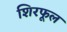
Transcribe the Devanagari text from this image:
शिरफूल